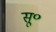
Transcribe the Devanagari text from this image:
सू॰